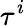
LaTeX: \tau^{i}